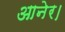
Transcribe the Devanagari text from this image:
आनेर।